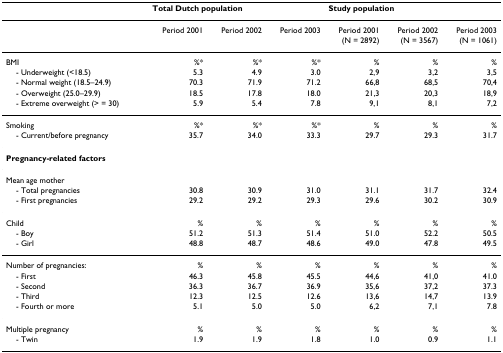
<table><thead><tr><td></td><td colspan="3"><b>Total Dutch population</b></td><td colspan="3"><b>Study population</b></td></tr></thead><tbody><tr><td></td><td>Period 2001</td><td>Period 2002</td><td>Period 2003</td><td>Period 2001(N = 2892)</td><td>Period 2002(N = 3567)</td><td>Period 2003(N = 1061)</td></tr><tr><td>BMI</td><td>%*</td><td>%*</td><td>%*</td><td>%</td><td>%</td><td>%</td></tr><tr><td> - Underweight (&lt;18.5)</td><td>5.3</td><td>4.9</td><td>3.0</td><td>2,9</td><td>3,2</td><td>3,5</td></tr><tr><td> - Normal weight (18.5–24.9)</td><td>70.3</td><td>71.9</td><td>71.2</td><td>66,8</td><td>68,5</td><td>70,4</td></tr><tr><td> - Overweight (25.0–29.9)</td><td>18.5</td><td>17.8</td><td>18.0</td><td>21,3</td><td>20,3</td><td>18,9</td></tr><tr><td> - Extreme overweight (&gt; = 30)</td><td>5.9</td><td>5.4</td><td>7.8</td><td>9,1</td><td>8,1</td><td>7,2</td></tr><tr><td>Smoking</td><td>%*</td><td>%*</td><td>%*</td><td>%</td><td>%</td><td>%</td></tr><tr><td> - Current/before pregnancy</td><td>35.7</td><td>34.0</td><td>33.3</td><td>29.7</td><td>29.3</td><td>31.7</td></tr><tr><td colspan="7"><b>Pregnancy-related factors</b></td></tr><tr><td>Mean age mother</td><td></td><td></td><td></td><td></td><td></td><td></td></tr><tr><td> - Total pregnancies</td><td>30.8</td><td>30.9</td><td>31.0</td><td>31.1</td><td>31.7</td><td>32.4</td></tr><tr><td> - First pregnancies</td><td>29.2</td><td>29.2</td><td>29.3</td><td>29.6</td><td>30.2</td><td>30.9</td></tr><tr><td>Child</td><td>%</td><td>%</td><td>%</td><td>%</td><td>%</td><td>%</td></tr><tr><td> - Boy</td><td>51.2</td><td>51.3</td><td>51.4</td><td>51.0</td><td>52.2</td><td>50.5</td></tr><tr><td> - Girl</td><td>48.8</td><td>48.7</td><td>48.6</td><td>49.0</td><td>47.8</td><td>49.5</td></tr><tr><td>Number of pregnancies:</td><td>%</td><td>%</td><td>%</td><td>%</td><td>%</td><td>%</td></tr><tr><td> - First</td><td>46.3</td><td>45.8</td><td>45.5</td><td>44,6</td><td>41,0</td><td>41.0</td></tr><tr><td> - Second</td><td>36.3</td><td>36.7</td><td>36.9</td><td>35,6</td><td>37,2</td><td>37.3</td></tr><tr><td> - Third</td><td>12.3</td><td>12.5</td><td>12.6</td><td>13,6</td><td>14,7</td><td>13.9</td></tr><tr><td> - Fourth or more</td><td>5.1</td><td>5.0</td><td>5.0</td><td>6,2</td><td>7,1</td><td>7.8</td></tr><tr><td>Multiple pregnancy</td><td>%</td><td>%</td><td>%</td><td>%</td><td>%</td><td>%</td></tr><tr><td> - Twin</td><td>1.9</td><td>1.9</td><td>1.8</td><td>1.0</td><td>0.9</td><td>1.1</td></tr></tbody></table>